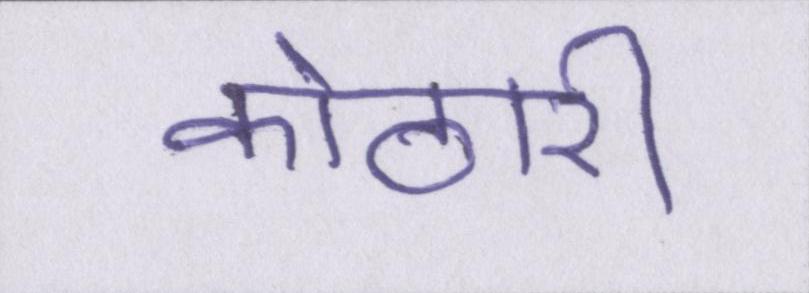
कोठारी